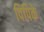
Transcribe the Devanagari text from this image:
पिपिके